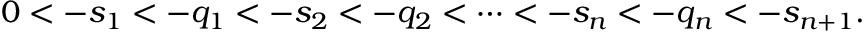
0 < - s _ { 1 } < - q _ { 1 } < - s _ { 2 } < - q _ { 2 } < \cdots < - s _ { n } < - q _ { n } < - s _ { n + 1 } .